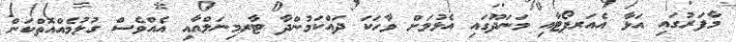
މާފަރުގައި އަޅާ އެއަރޕޯޓާއި މަނަދޫގައި އެޅުމަށް ވާހަކަ ދައްކަމުންދާ ޓާރމިނަލްއާއި އެއްވެސް ގުޅުމެއްއޮތްކަން